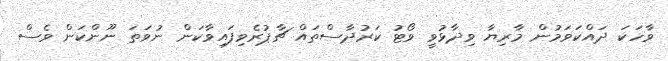
ވާހަކަ ދައްކަވަމުން މާރިޔާ ވިދާޅުވީ ވޯޓު ކަރުދާސްތައް ޗާޕުރެވިފައިވާކަން ނުވަތަ ނޫންކަން ވެސް